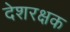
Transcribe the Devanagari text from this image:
देशरक्षक